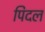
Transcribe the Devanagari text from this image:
पिदल